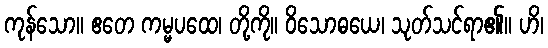
ကုန်သော။ ဧတေ ကမ္မပထေ၊ တို့ကို။ ဝိသောဓယေ၊ သုတ်သင်ရာ၏။ ဟိ၊